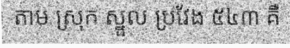
តាម ស្រុក ស្នួល ប្រវែង ៥៤៣ គឺ